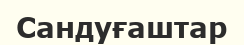
Сандуғаштар